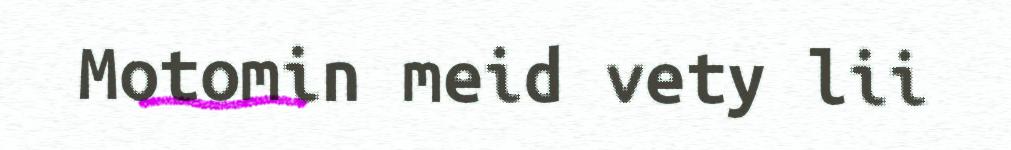
Motomin meid vety lii